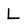
Character: L